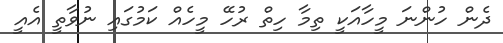
ދެން ހުންނަ މީހާއަކީ ތިމާ ހިތް ރުހޭ މީހެއް ކަމުގައި ނުވާތީ އެއީ